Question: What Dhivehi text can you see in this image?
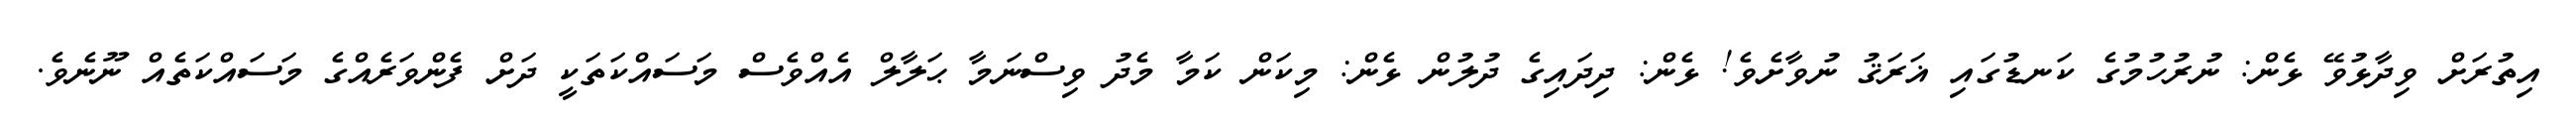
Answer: އިތުރަށް ވިދާޅުވޭ ޅެން: ނުރުހުމުގެ ކަނޑުގައި ޣަރަޤު ނުވާށެވެ! ޅެން: ދިދައިގެ ދުލުން ޅެން: މިކަން ކަމާ މެދު ވިސްނަމާ ޙަލާލް އެއްވެސް މަސައްކަތަކީ ދަށް ފެންވަރެއްގެ މަސައްކަތެއް ނޫނެވެ.